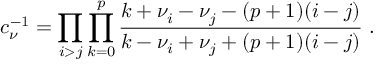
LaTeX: c _ { \nu } ^ { - 1 } = \prod _ { i > j } \prod _ { k = 0 } ^ { p } \frac { k + \nu _ { i } - \nu _ { j } - ( p + 1 ) ( i - j ) } { k - \nu _ { i } + \nu _ { j } + ( p + 1 ) ( i - j ) } \; .